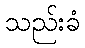
သည်းခံ